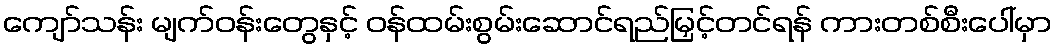
ကျော်သန်း မျက်ဝန်းတွေနှင့် ဝန်ထမ်းစွမ်းဆောင်ရည်မြှင့်တင်ရန် ကားတစ်စီးပေါ်မှာ